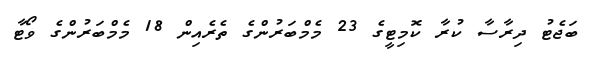
ބަޖެޓު ދިރާސާ ކުރާ ކޮމިޓީގެ 23 މެމްބަރުންގެ ތެރެއިން 18 މެމްބަރުންގެ ވޯޓާ